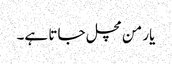
یار من مچل جاتا ہے۔